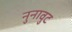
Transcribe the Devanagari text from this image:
नुनावुट